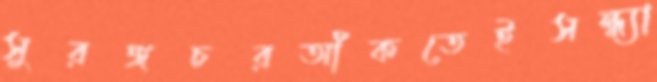
সুরঙ্গচরআঁকতেইসন্ধ্যা